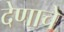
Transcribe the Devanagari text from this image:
देणाचे